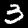
Label: 3